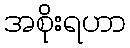
အစိုးရဟာ